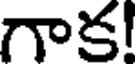
గాక!